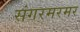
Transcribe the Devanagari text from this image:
संगरमरमर